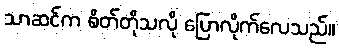
သာဆင်က စိတ်တိုသလို ပြောလိုက်လေသည်။